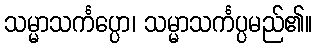
သမ္မာသင်္ကပ္ပော၊ သမ္မာသင်္ကပ္ပမည်၏။